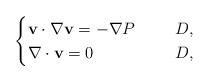
LaTeX: \begin{align*}\begin{cases}\mathbf{v}\cdot \nabla \mathbf{v} =-\nabla P&\ \, D,\\\nabla\cdot\mathbf{v}=0\,\ \, \ \ \ \ \ \ \ \ \, &\ \, D,\end{cases}\end{align*}